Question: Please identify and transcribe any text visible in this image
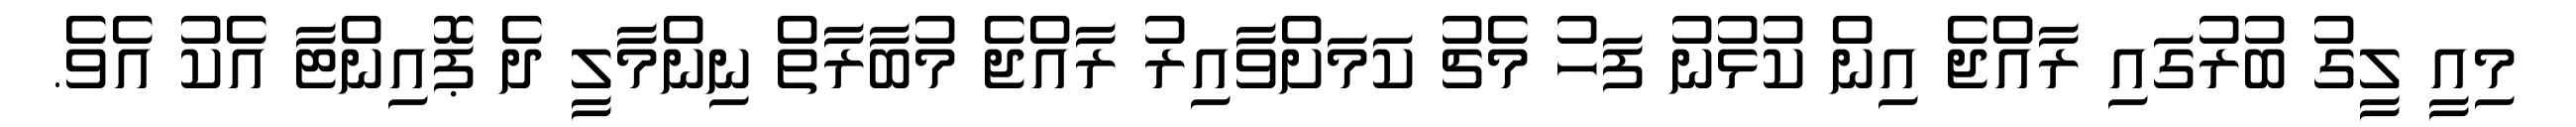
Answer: މިއީ ލީގު ބުރުގައި ރާއްޖެ އިން ކުޅުނު ފަހު މެޗު ކަމަށްވާއިރު ރާއްޖެ މުބާރާތް ނިންމާލީ ދެ ޕޮއިންޓާ އެކު އެވެ.